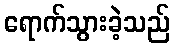
ရောက်သွားခဲ့သည်